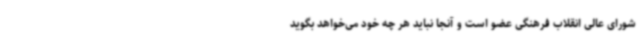
شورای عالی انقلاب فرهنگی عضو است و آنجا نباید هر چه خود می‌خواهد بگوید